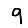
Digit: 9